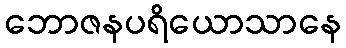
ဘောဇနပရိယောသာနေ